Bréfritari: Benedikt Arason
Dagsetning: A-1878-01-14
Skrifað á: Vesturheimi

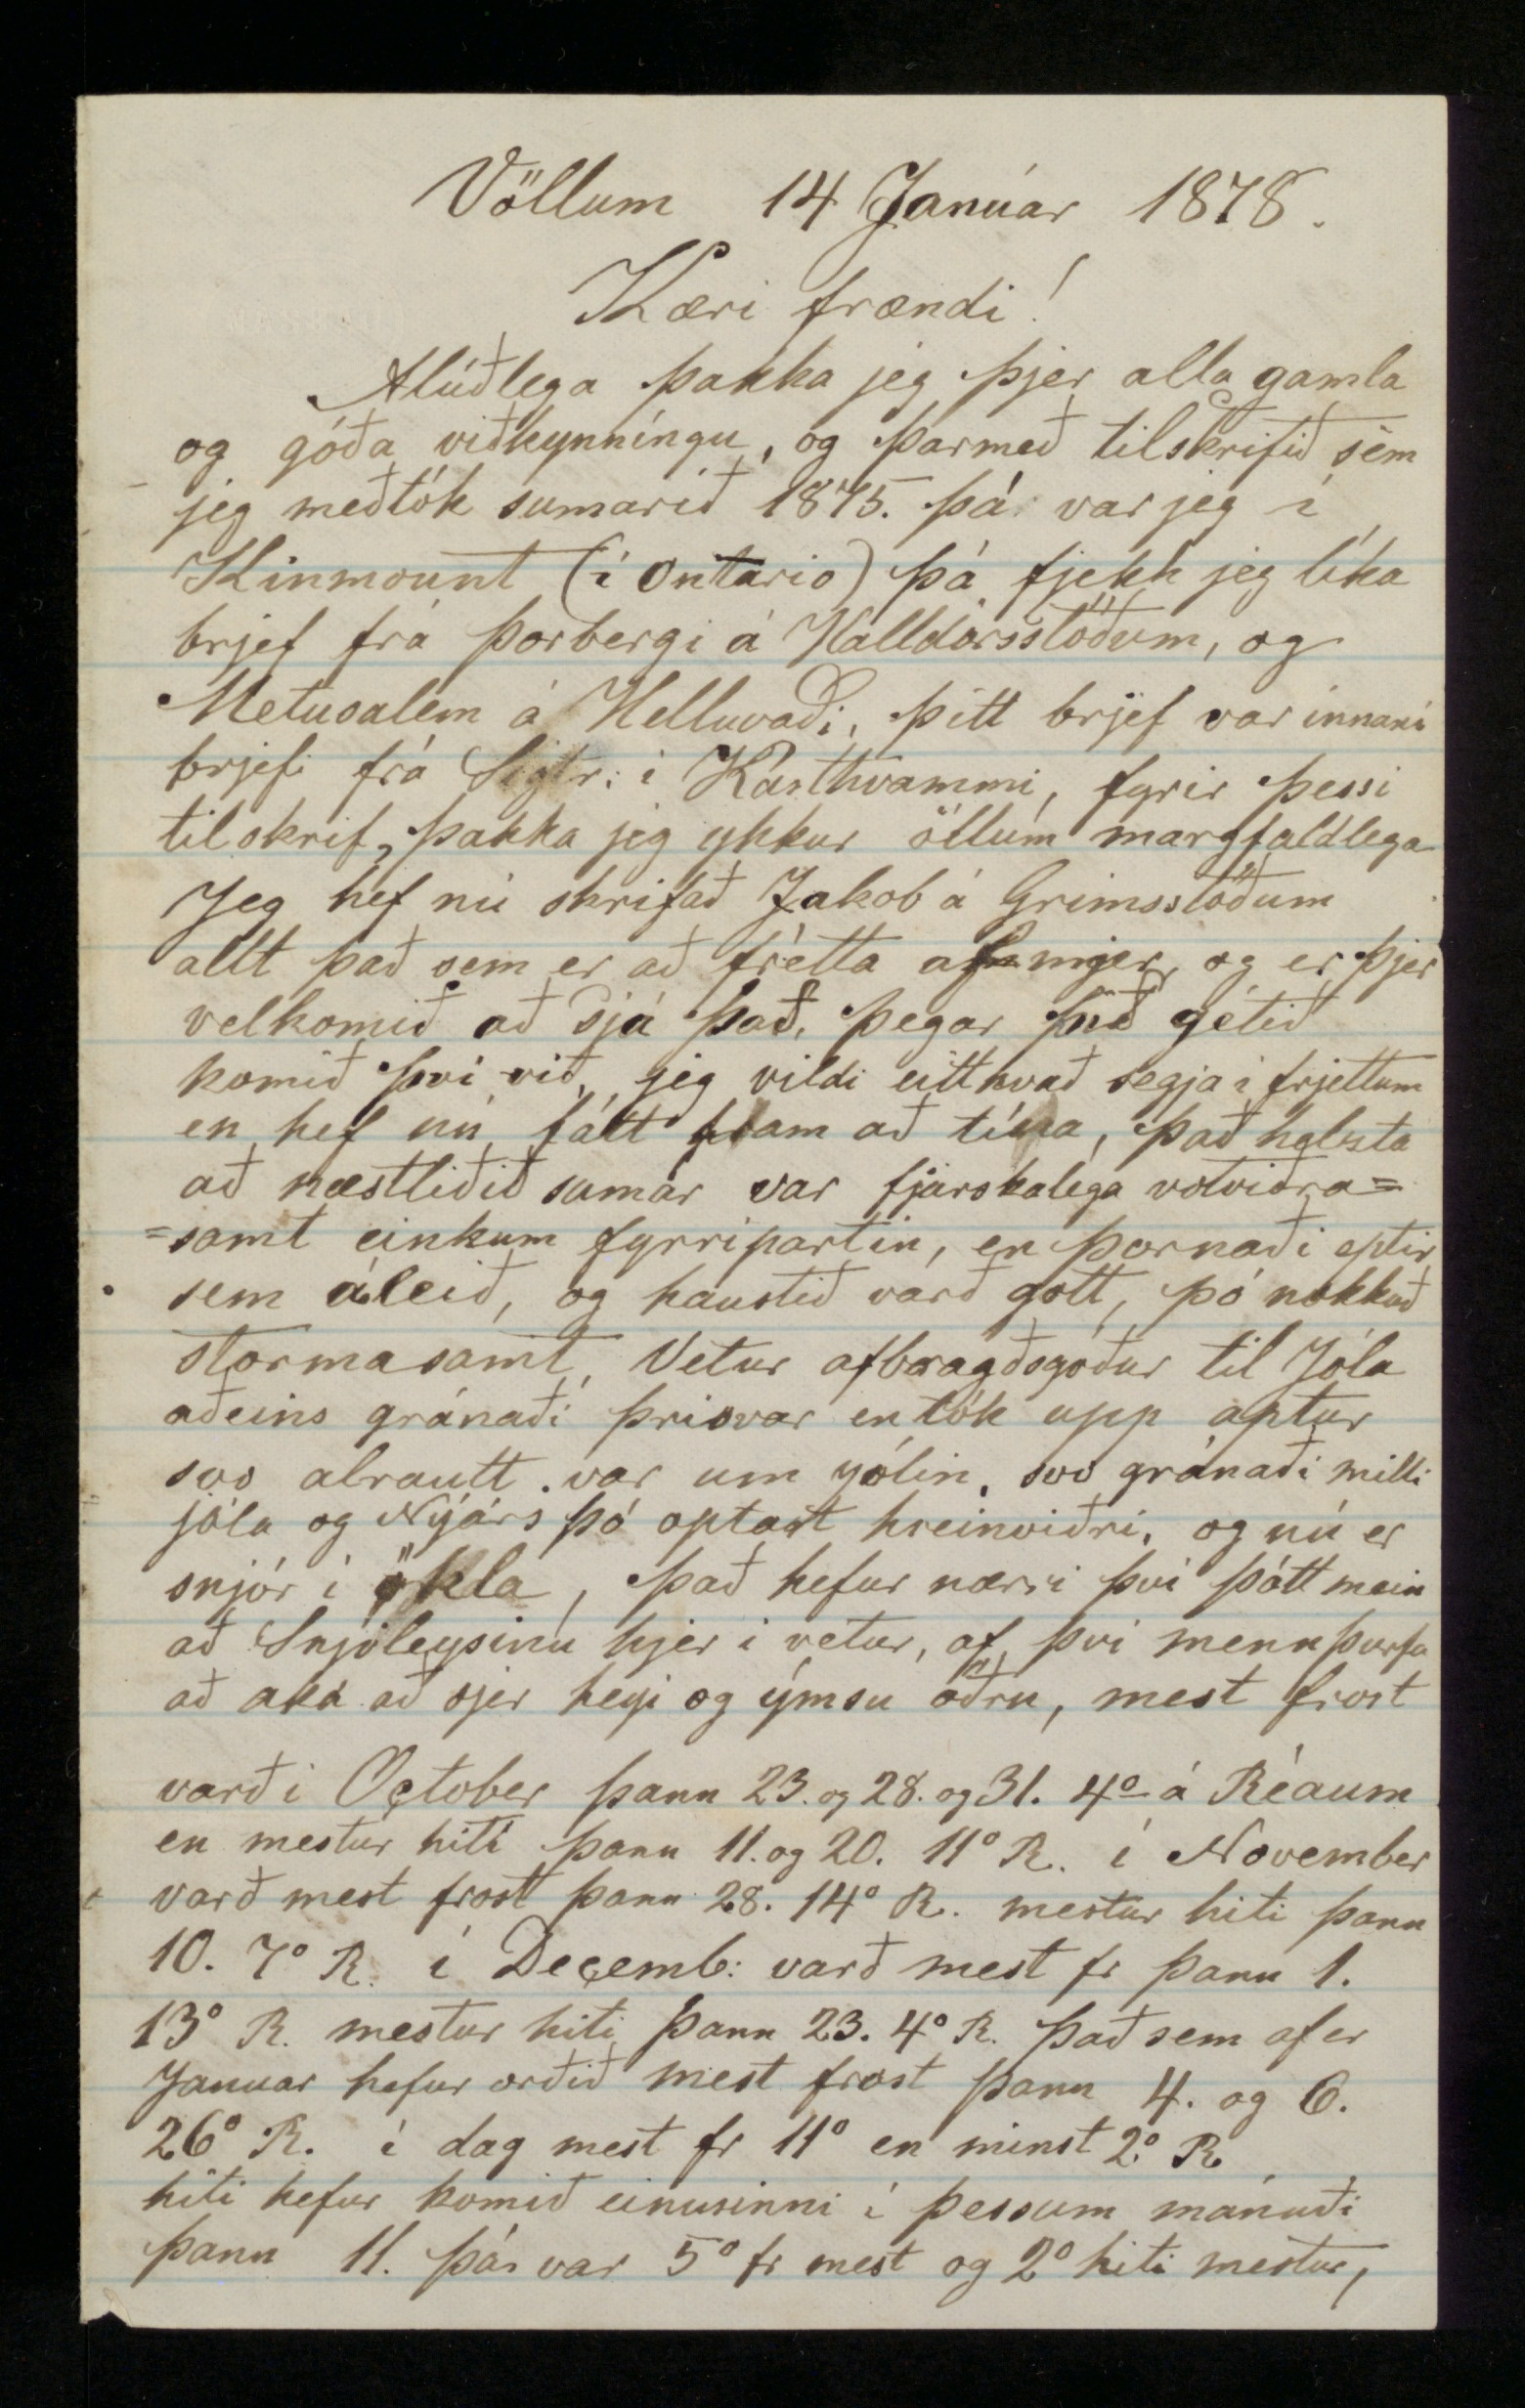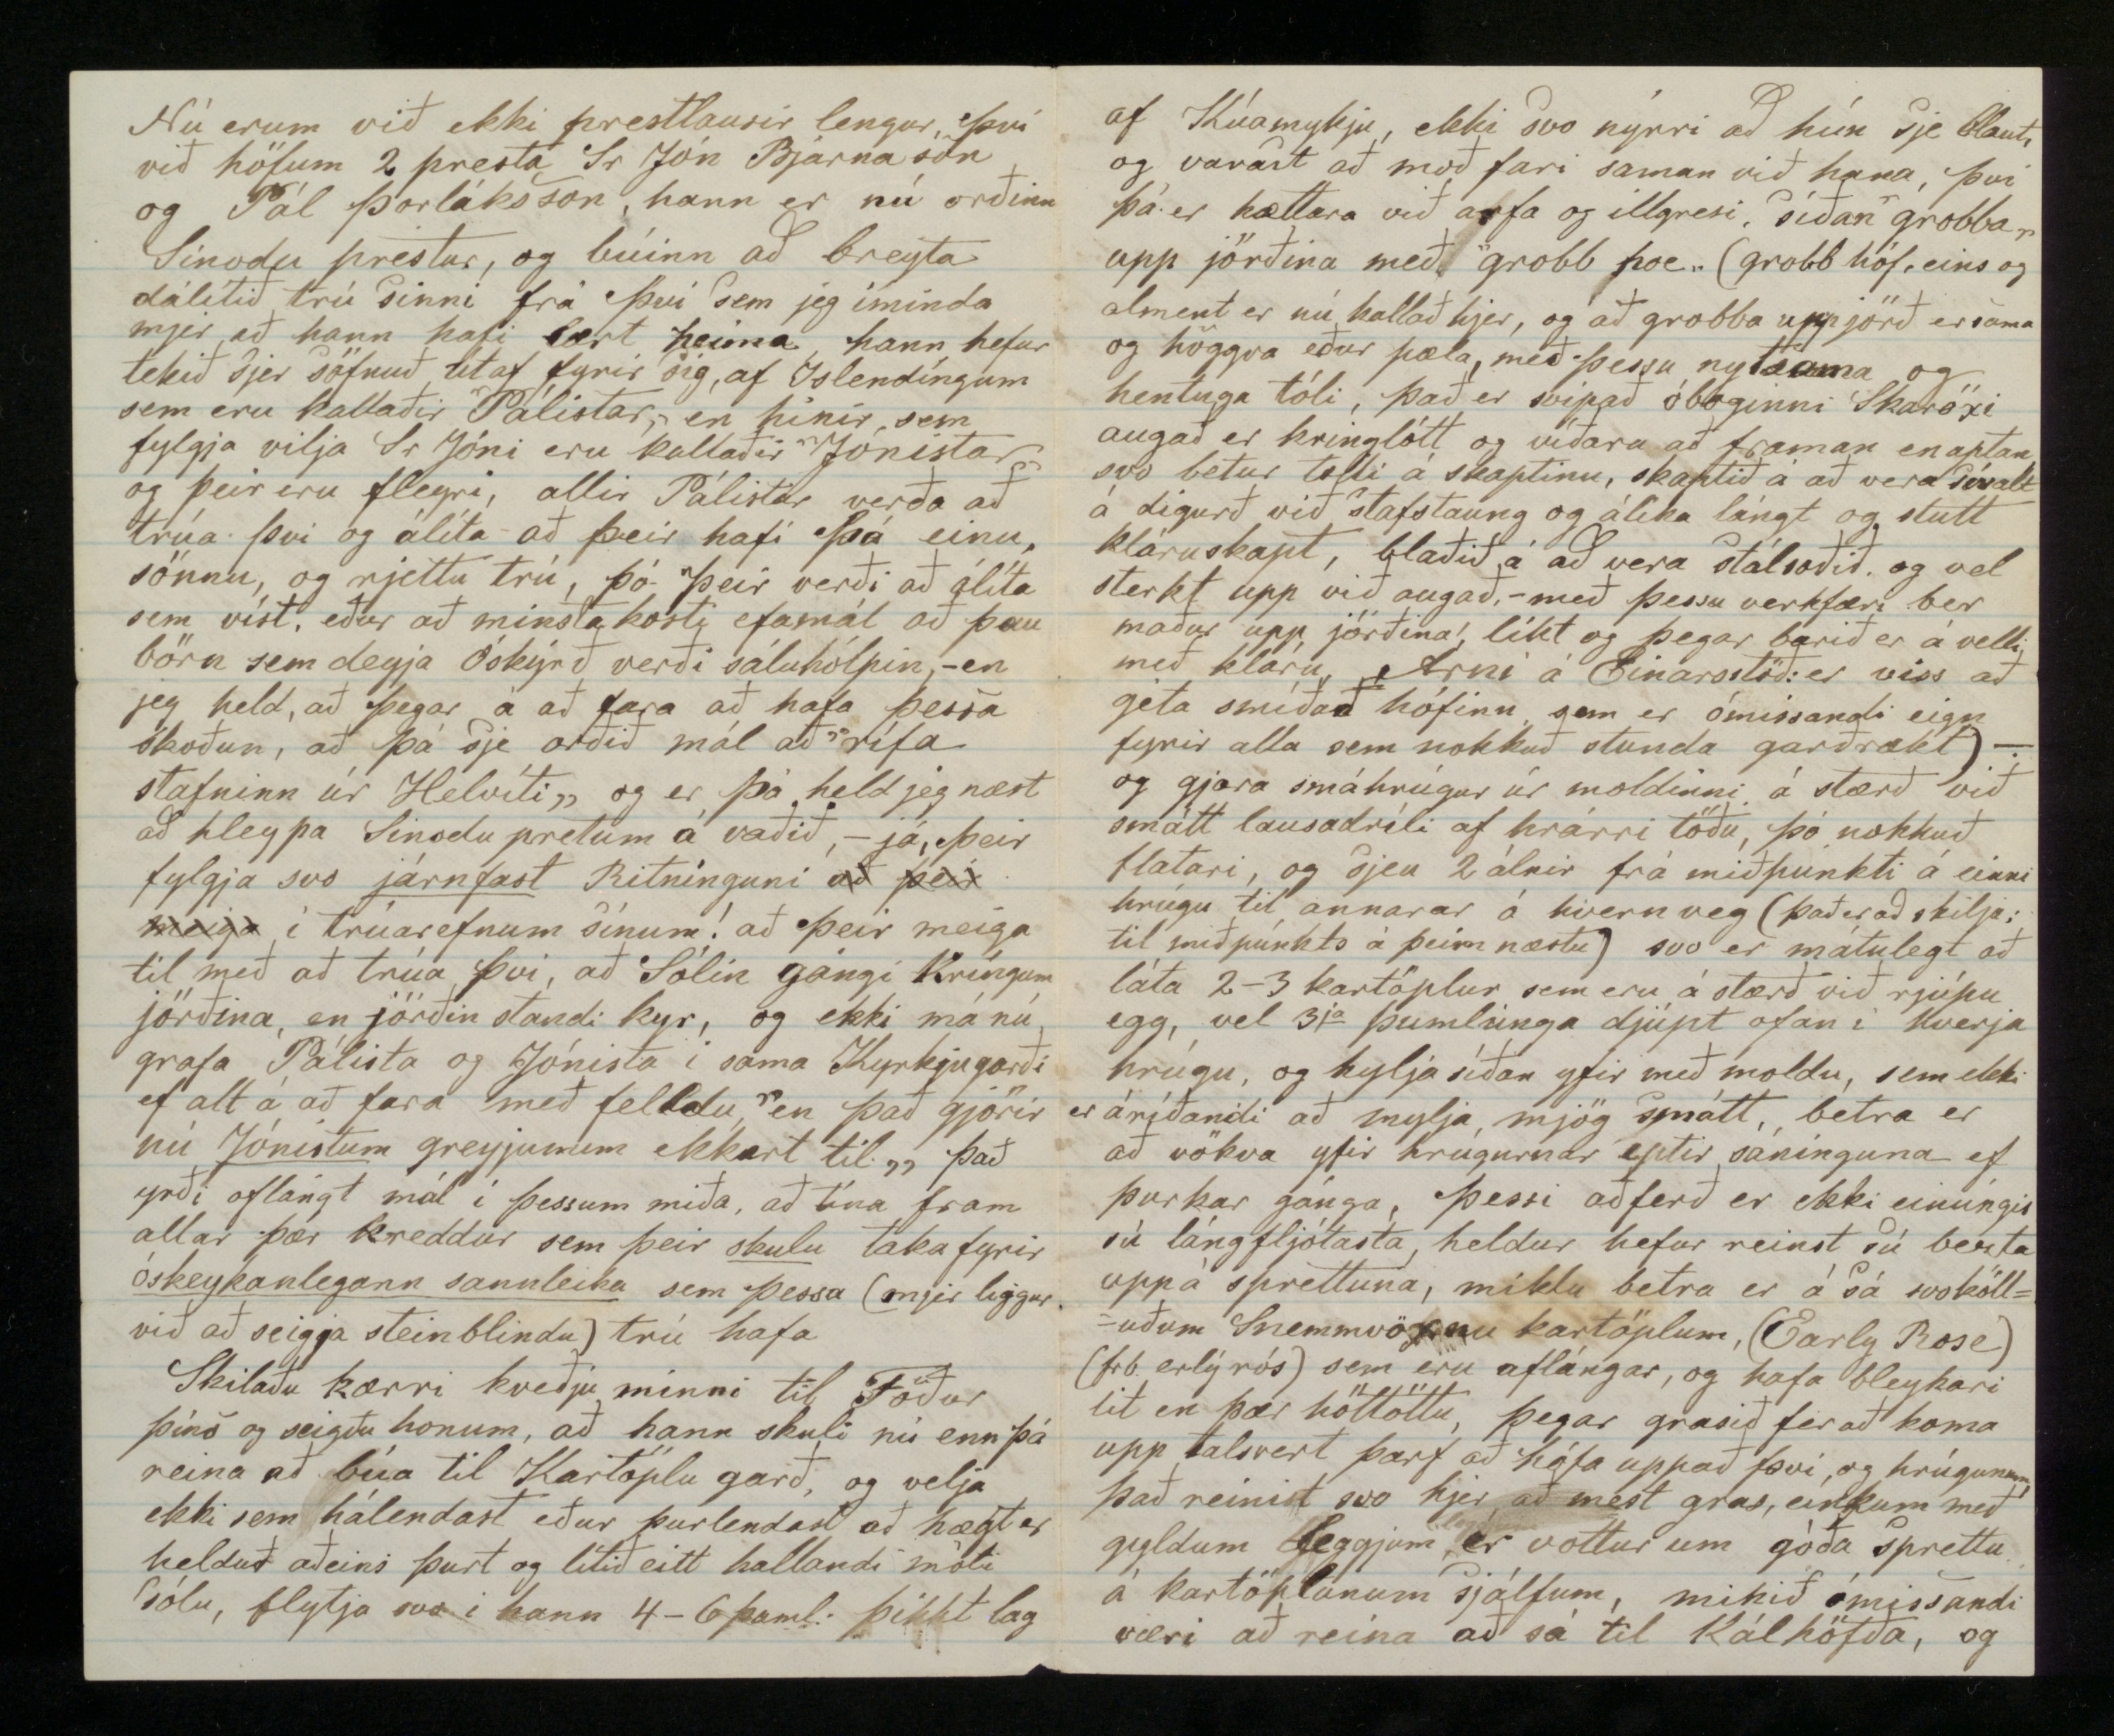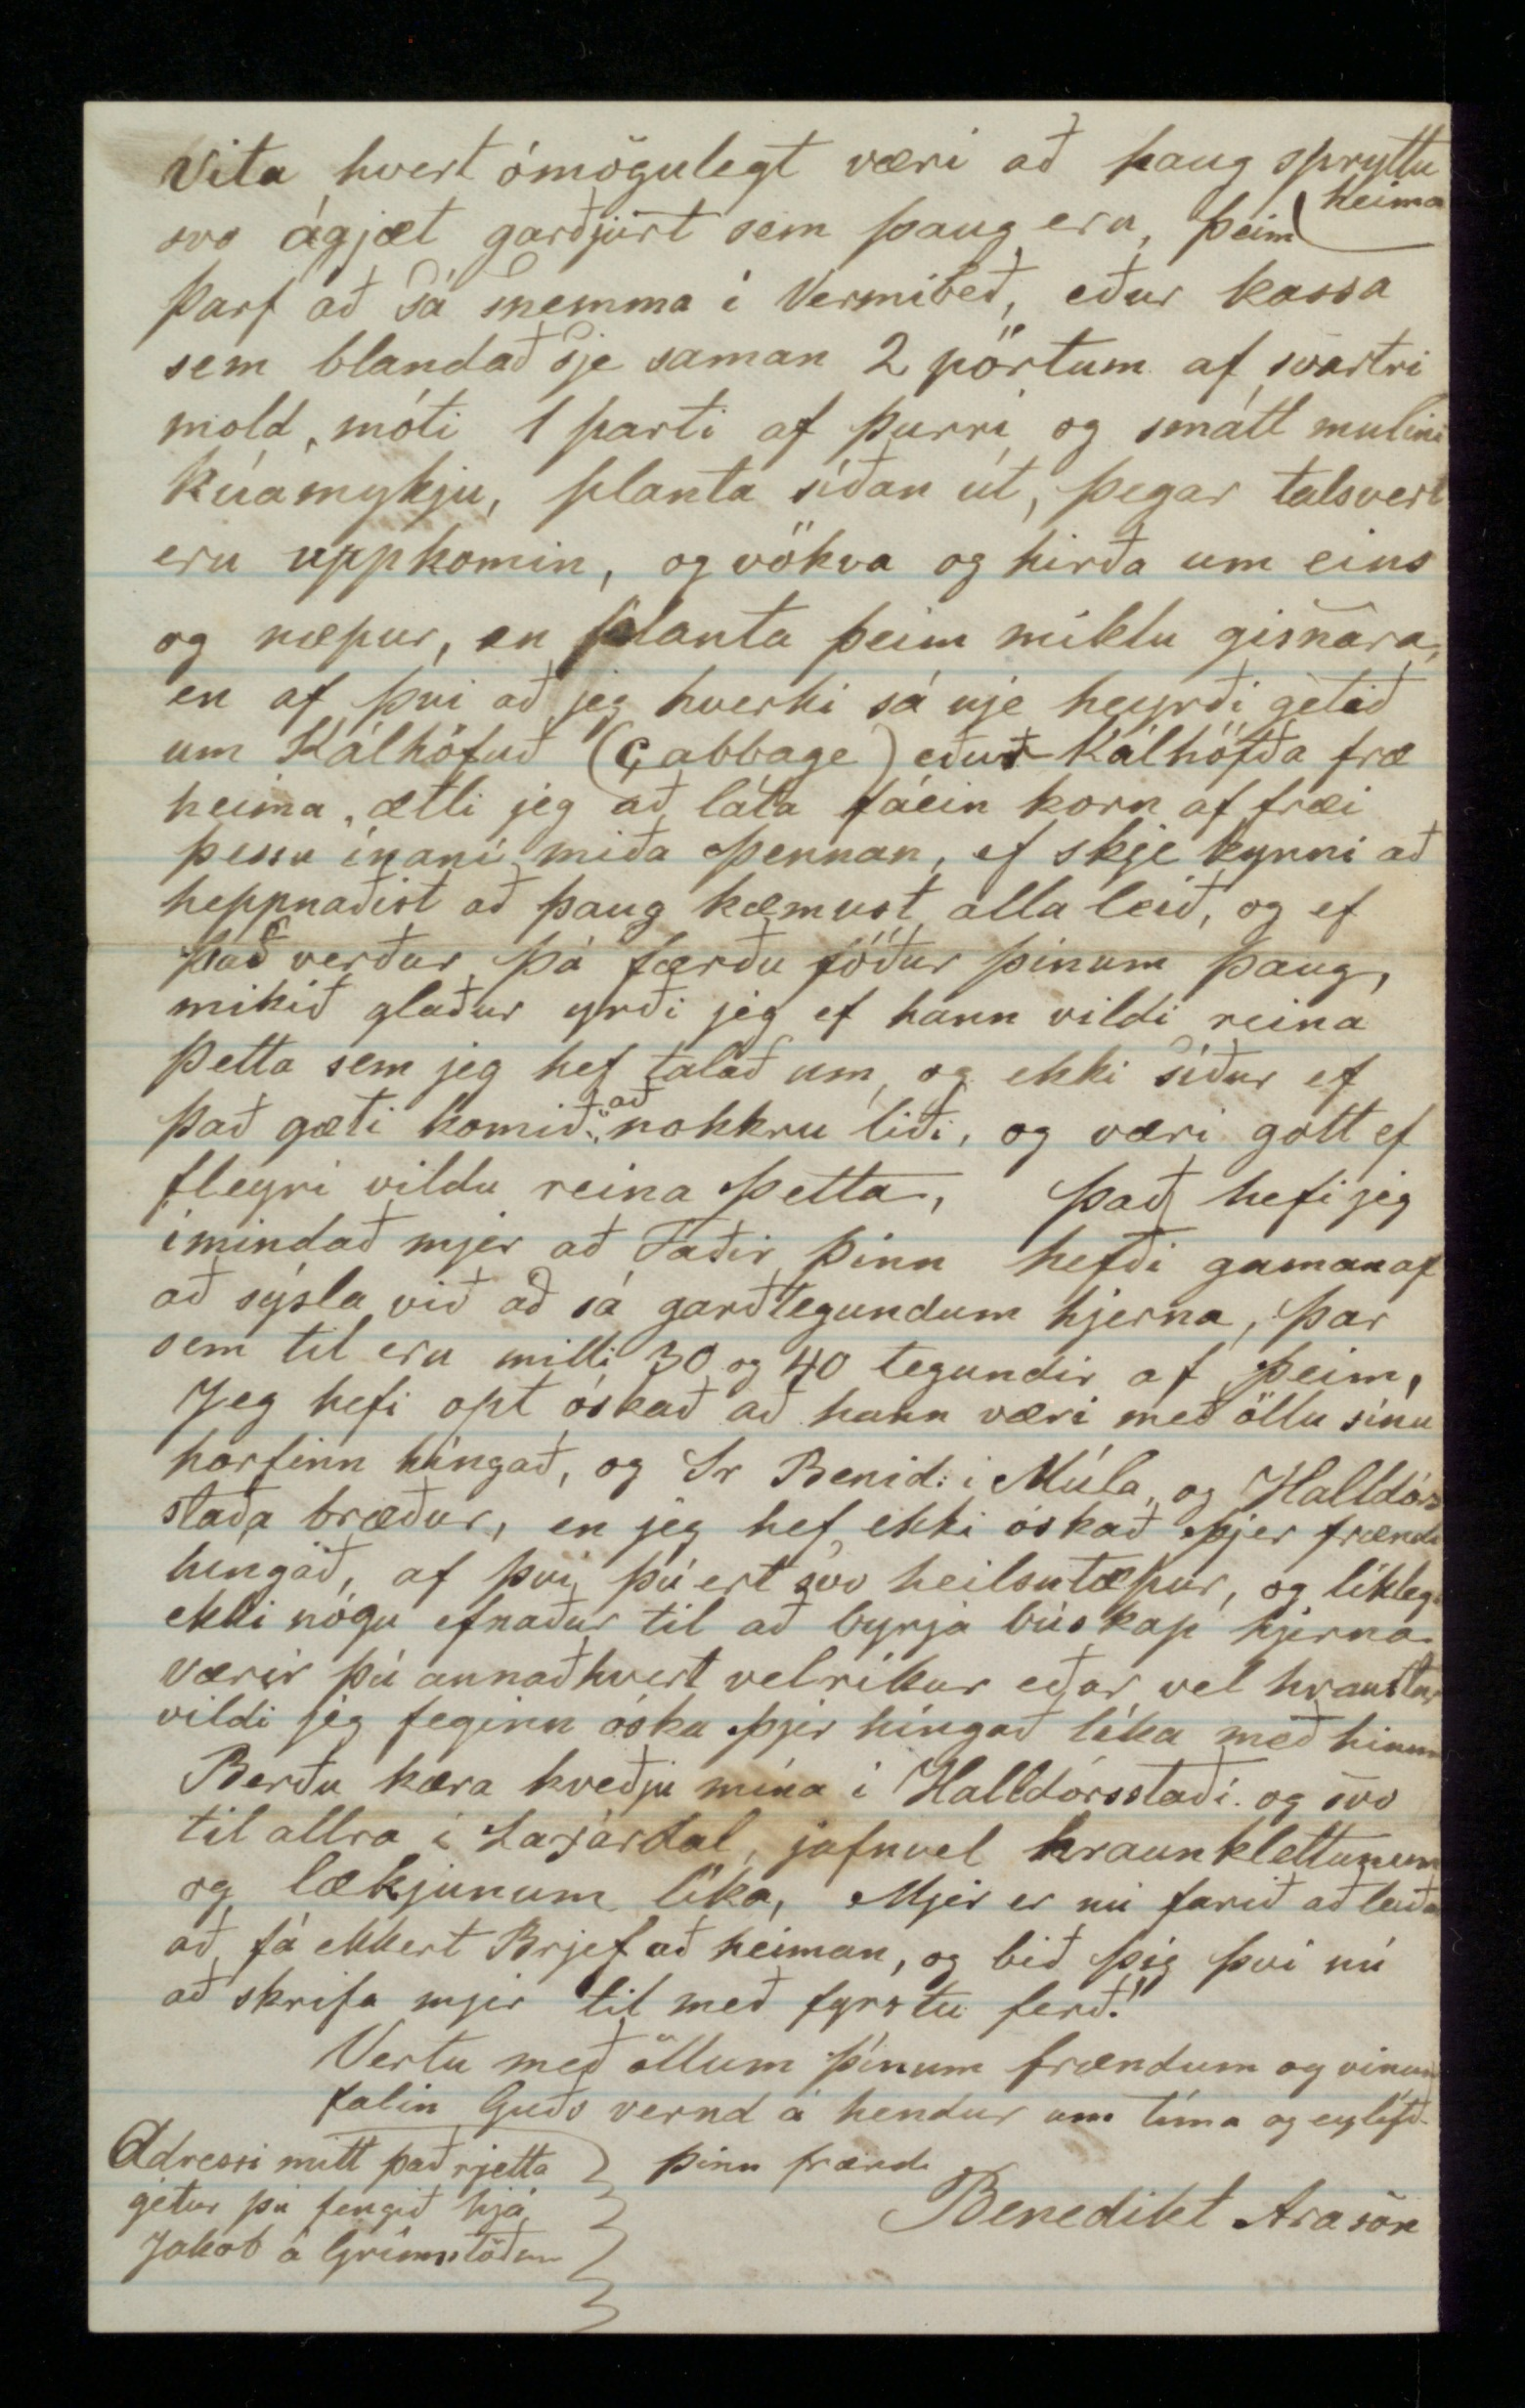

Völlum 14 Janúar 1878.
Kæri frændi!
Alúðlega þakka jeg þjer alla gamla og góða viðkynníngu, og þarmeð tilskrifið sem jeg meðtók sumarið 1875. þá var jeg í Kinmount (í Ontario) þá fjekk jeg líka brjef frá Þorbergi á Halldórsstöðum , og Metusalem á Helluvaði, þitt brjef var innaní brjefi frá Sigtr. í Kasthvammi, fyrir þessi tilskrif þakka jeg ykkur öllum margfaldlega. Jeg hef nú skrifað Jakob á Grímsstöðum allt það sem er að frétta af mjer og er þjer velkomið að sjá það, þegar þið gétið komið því við, jeg vildi eitthvað segja í frjettum en hef nú fátt fram að tína, það helzta að næstliðið sumar var fjarskalega votviðra=samt einkum fyrripartin, en þornaði eptir sem áleið, og haustið varð gott, þó nokkuð stormasamt. Vetur afbragðsgóður til Jóla aðeins gránaði þrisvar en tók upp aptur svo alrautt var um jólin, svo gránaði milli jóla og Nýárs þó optast hreinviðri, og nú er snjór í ökla, það hefur nærri því þótt mein að Snjóleysinu hjer í vetur, af því menn þurfa að aka að sjer heyi og ýmsu öðru, mest frost varð í October þann 23. og 28. og 31. 4° á Réaum en mestur hiti þann 11. og 20. 11°R. í November varð mest frost þann 28. 14°R. mestur hiti þann 10. 7°R. í Decemb: varð mest fr. þann 1. 13°R. mestur hiti þann 23. 4°R. Það sem af er Januar hefur orðið mest frost þann 4. og 6. 26°R. í dag mest fr. 11° en minst 2°R. hiti hefur komið einusinni í þessum mánuði þann 11. þá var 5° fr. mest og 2°hiti mestur
Nú erum við ekki prestlausir lengur, því við höfum 2 presta Sr Jón Bjarnason og Pál Þorláksson, hann er nú orðinn Sinodu prestur, og búinn að breyta dálítið trú sinni frá því sem jeg íminda mjer að hann hafi lært heima, hann hefur tekið sjer söfnuð út af fyrir sig, af Íslendíngum sem eru kallaðir Pálistar, en hinir sem fylgja vilja Sr Jóni eru kallaðir Jónistar og þeir eru fleyri, allir Pálistar verða að trúa því og álíta að þeir hafi þá einu, sönnu, og rjettu trú, þó þeir verði að álíta sem víst, eður að minsta kosti efamál að þau börn sem deyja Óskýrð verði sáluhópin, - en jeg held, að þegar á að fara að hafa þessa skoðun, að þá sje orðið mál að "rífa stafninn úr Helvíti„ og er þá held jeg næst að hleypa Sinoduprestum á vaðið, - já, þeir fylgja svo
járnfast
Ritningunni
að þeir meiga
í trúareglum sínum að þeir meiga til með að trúa því, að Sálin gángi Kríngum jörðina, en jörðin standi kyr, og ekki má nú grafa Pálista og Jónista í sama Kyrkjugarði ef alt á að fara með felldu "en það gjörir nú
Jónistum
greyjunum ekkert til„ það yrði oflángt mál í þessum miða, að tína fram allar þær kreddur sem þeir
skulu
taka fyrir
óskeykanlegann sannleika
sem þessa (mjer liggur við að seigja steinblindu) trú hafa
Skilaðu kærri kveðju minni til Föður þíns og seigðu honum, að hann skuli nú ennþá reina að búa til Kartöflu garð, og velja ekki sem hálendast eður þurlendast að hægt er heldur aðeins þurt og lítið eitt hallandi móti sóli , flytja svo í hann 4 - 6 þuml: þikkt lag
af Kúamykju, ekki svo nýrri að hún sje blaut, og varast að moð fari saman við hana, því þá er hættara við arfa og illgresi, síðan "grobba„ upp jörðina með "grobb hoe„ (grobb hóf, eins og alment er nú kallað hjer, og að grabba upp jörð er sama og höggva eður pæla, með þessu nytsama og hentuga tóli, það er svipað óboginni Skaröxi augað er kringlótt og víðara að framan en aptan svo betur tolli á skaptinu, skaptið á að vera sívalt á digurð við stafstaung og álíka lángt og stutt kláruskapt, blaðið á að vera stálsoðið og vel sterkt upp við augað, - með þessu verkfæri ber maður upp jörðina, líkt og þegar barið er á velli með kláru, Árni á Einarsstöð: er viss að géta smíðað hófinn sem er ómissandi eign fyrir alla sem nokkuð stunda garðrækt). - og gjora smáhrúgur úr moldinni á stærð við smátt lausaríli af hrárri töðu, þó nokkuð flatari, og sjeu 2 álnir frá miðpúnkti á einni hrúgu til annarar á hvern veg (það er að skilja: til miðpúnkts á þeirri nnæstu) svo er mátulegt að láta 2-3 kartöplur sem eru á stærð við rjúpu egg, vel 3
ja
þumlunga djúpt ofan í hverja hrúgu, og hylja síðan yfir með moldu, sem ekki
er
áríðandi að mylja mjög smátt, betra er að vökva yfir hrúgurnar eptir sáninguna ef þurkar gánga, þessi aðferð er ekki einúngis sú lángfljótasta, heldur hefur reinst sú bezta uppá sprettuna, miklu betra er á sá svoköll=uðum Snemmvöxnu kartöplum, (Early Rose) (frb. erlý rós) sem eru aflángar, og hafa bleykari lit en þær höttöttu, þegar grasið fer að koma upp talsvert þarf að hófa uppað því og húgunum það reinist svo hjer, að mest gras, einkum með gyldum leggjum, er vottur um góða sprettu á kartöplunum sjálfum, mikið ómissandi væri að reina að sá til Kálhöfða, og
vita hvert ómögulegt væri að þaug spryttu heima svo ágjæt garðjurt sem þaug eru, þeim þarf að sá snemma í Vermibeð, eður kassa sem blandað sje saman 2 pörtum af svartri mold, móti 1 parti af þurri og smátt mulini kúamykju, planta síðan út, þegar talsvert eru uppkomin, og vökva og hirða um eins og næpur, en planta þeim miklu gisnara, en af því að jeg hverki sá nje heyrði gétið um Kálhöfuð (Cabbage) eður Kálhöfða fræ heima, ætli jeg að láta fáein korn af fræi þessu inaní miða þennan, ef skje kynni að heppnaðist að þaug kæmust alla leið, og ef það verður þá færðu föður þínum þaug, mikið glaður yrði jeg ef hann vildi reina þetta sem jeg hef talað um, og ekki síður ef það gæti komið
að
nokkru liði, og væri gott ef fleyri vildu reina þetta, það hefi jeg ímindað mjer að Faðir þinn hefði gaman af að sýsla við að sá garðtegundum hjerna, þar sem til eru milli 30 og 40 tegundir af þeim, Jeg hefi opt óskað að hann væri með öllu sínu horfinn híngað, og Sr Benid: í Múla, og Halldór=staða bræður, en jeg hef ekki óskað þjer frændi híngað, af því þú ert svo heislutæpur, og líklega ekki nógu efnaður til að byrja búskap hjerna. Værirr þú annaðhvert velríkur eður vel hraustur vildi jeg feginn óska þjer híngað líka með hinum.
Berðu kæra kveðju mína í Halldórsstaði og svo til allra í Laxárdal, jafnvel hraunklettunum og lækjunum líka, Mjer er nú farið að leiðast að fá ekkert Brjef að heiman, og bið þig því nú að skrifa mjer til með fyrstu ferð!
Vertu með öllum þínum frændum og vinum falin Guðs vernd á hendur um tíma og eylífð.
Þinn frændi
Benedikt Arason
Adressi mitt það rjetta gétur þú fengið hjá Jakob á Grímsstöðum